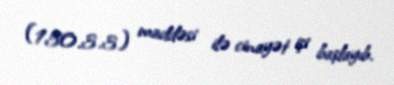
(150.3.3) maddəsi ilə cinayət işi başlayıb.